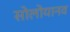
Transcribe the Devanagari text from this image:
सोलोयानव